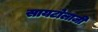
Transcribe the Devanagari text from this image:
सायटोलाजी